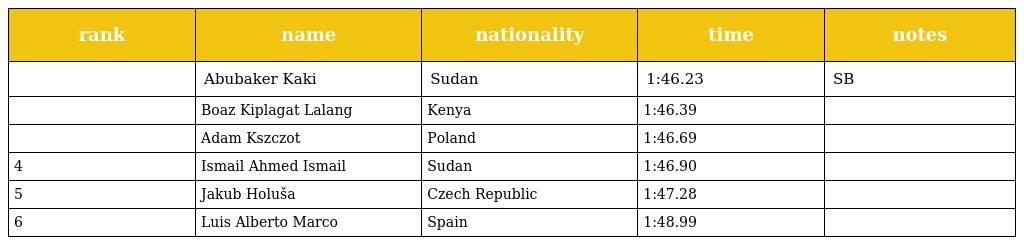
| rank | name | nationality | time | notes |
 | --- | --- | --- | --- | --- |
 |  | Abubaker Kaki | Sudan | 1:46.23 | SB |
 |  | Boaz Kiplagat Lalang | Kenya | 1:46.39 |  |
 |  | Adam Kszczot | Poland | 1:46.69 |  |
 | 4 | Ismail Ahmed Ismail | Sudan | 1:46.90 |  |
 | 5 | Jakub Holuša | Czech Republic | 1:47.28 |  |
 | 6 | Luis Alberto Marco | Spain | 1:48.99 |  |